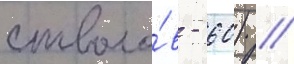
стволо́в - 60) //